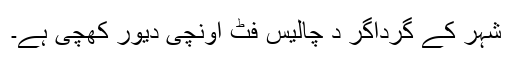
شہر کے گرداگر د چالیس فٹ اونچی دیور کھچی ہے۔